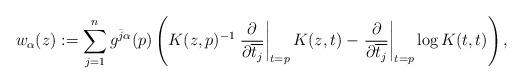
LaTeX: \begin{align*} w_{\alpha} (z):=\sum _{j=1}^{n} g^{\bar j \alpha }(p) \left(K(z, p) ^{-1} \left. \frac{\partial}{\partial \overline {t_j} } \right|_{t=p} K(z, t) - \left. \frac{\partial}{\partial \overline {t_j} } \right|_{t=p} \log K(t, t)\right),\end{align*}